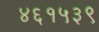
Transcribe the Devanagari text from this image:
४६१५३९